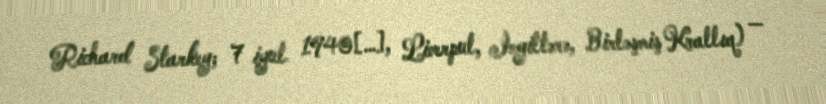
Richard Starkey; 7 iyul 1940[…], Liverpul, İngiltərə, Birləşmiş Krallıq) —